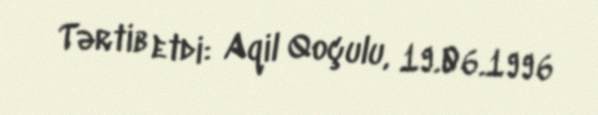
Tərtib etdi: Aqil Qoçulu, 19.06.1996